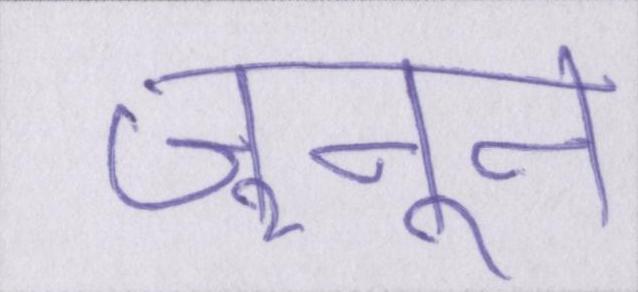
जुनून